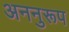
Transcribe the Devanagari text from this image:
अननुरूप